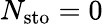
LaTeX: N_{\mathrm{sto}}=0